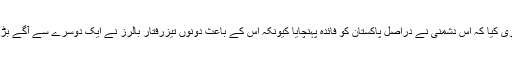
وسیم نے یہ بھی دعوی کیا کہ اس دشمنی نے دراصل پاکستان کو فائدہ پہنچایا کیونکہ اس کے باعث دونوں تیزرفتار بالرز نے ایک دوسرے سے آگے بڑھنے کی کوشش کی۔